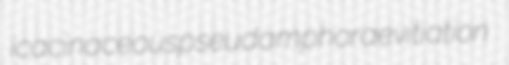
icacinaceous pseudamphorae vitiation